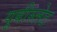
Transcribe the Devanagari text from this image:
यूबीस्लेट